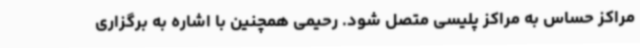
مراکز حساس به مراکز پلیسی متصل شود. رحیمی همچنین با اشاره به برگزاری